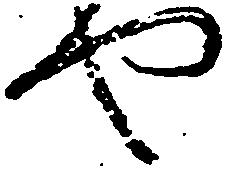
也